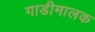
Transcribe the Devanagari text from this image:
गाडीमालक